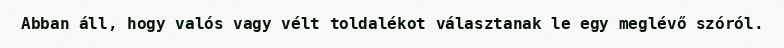
Abban áll, hogy valós vagy vélt toldalékot választanak le egy meglévő szóról.